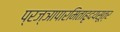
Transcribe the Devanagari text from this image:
प्रज्ञापारमिताहृदयसूत्र